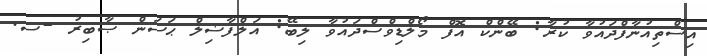
އިސްތިއުނާފްދައުވާ ކުރާ: ބޭންކް އޮފް މޯލްޑިވްސްދައުވާ ލިބޭ: އަލްފާޟިލް ޙަސަން ޞާބިރު -ސ.